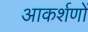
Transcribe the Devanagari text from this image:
आकर्शणों